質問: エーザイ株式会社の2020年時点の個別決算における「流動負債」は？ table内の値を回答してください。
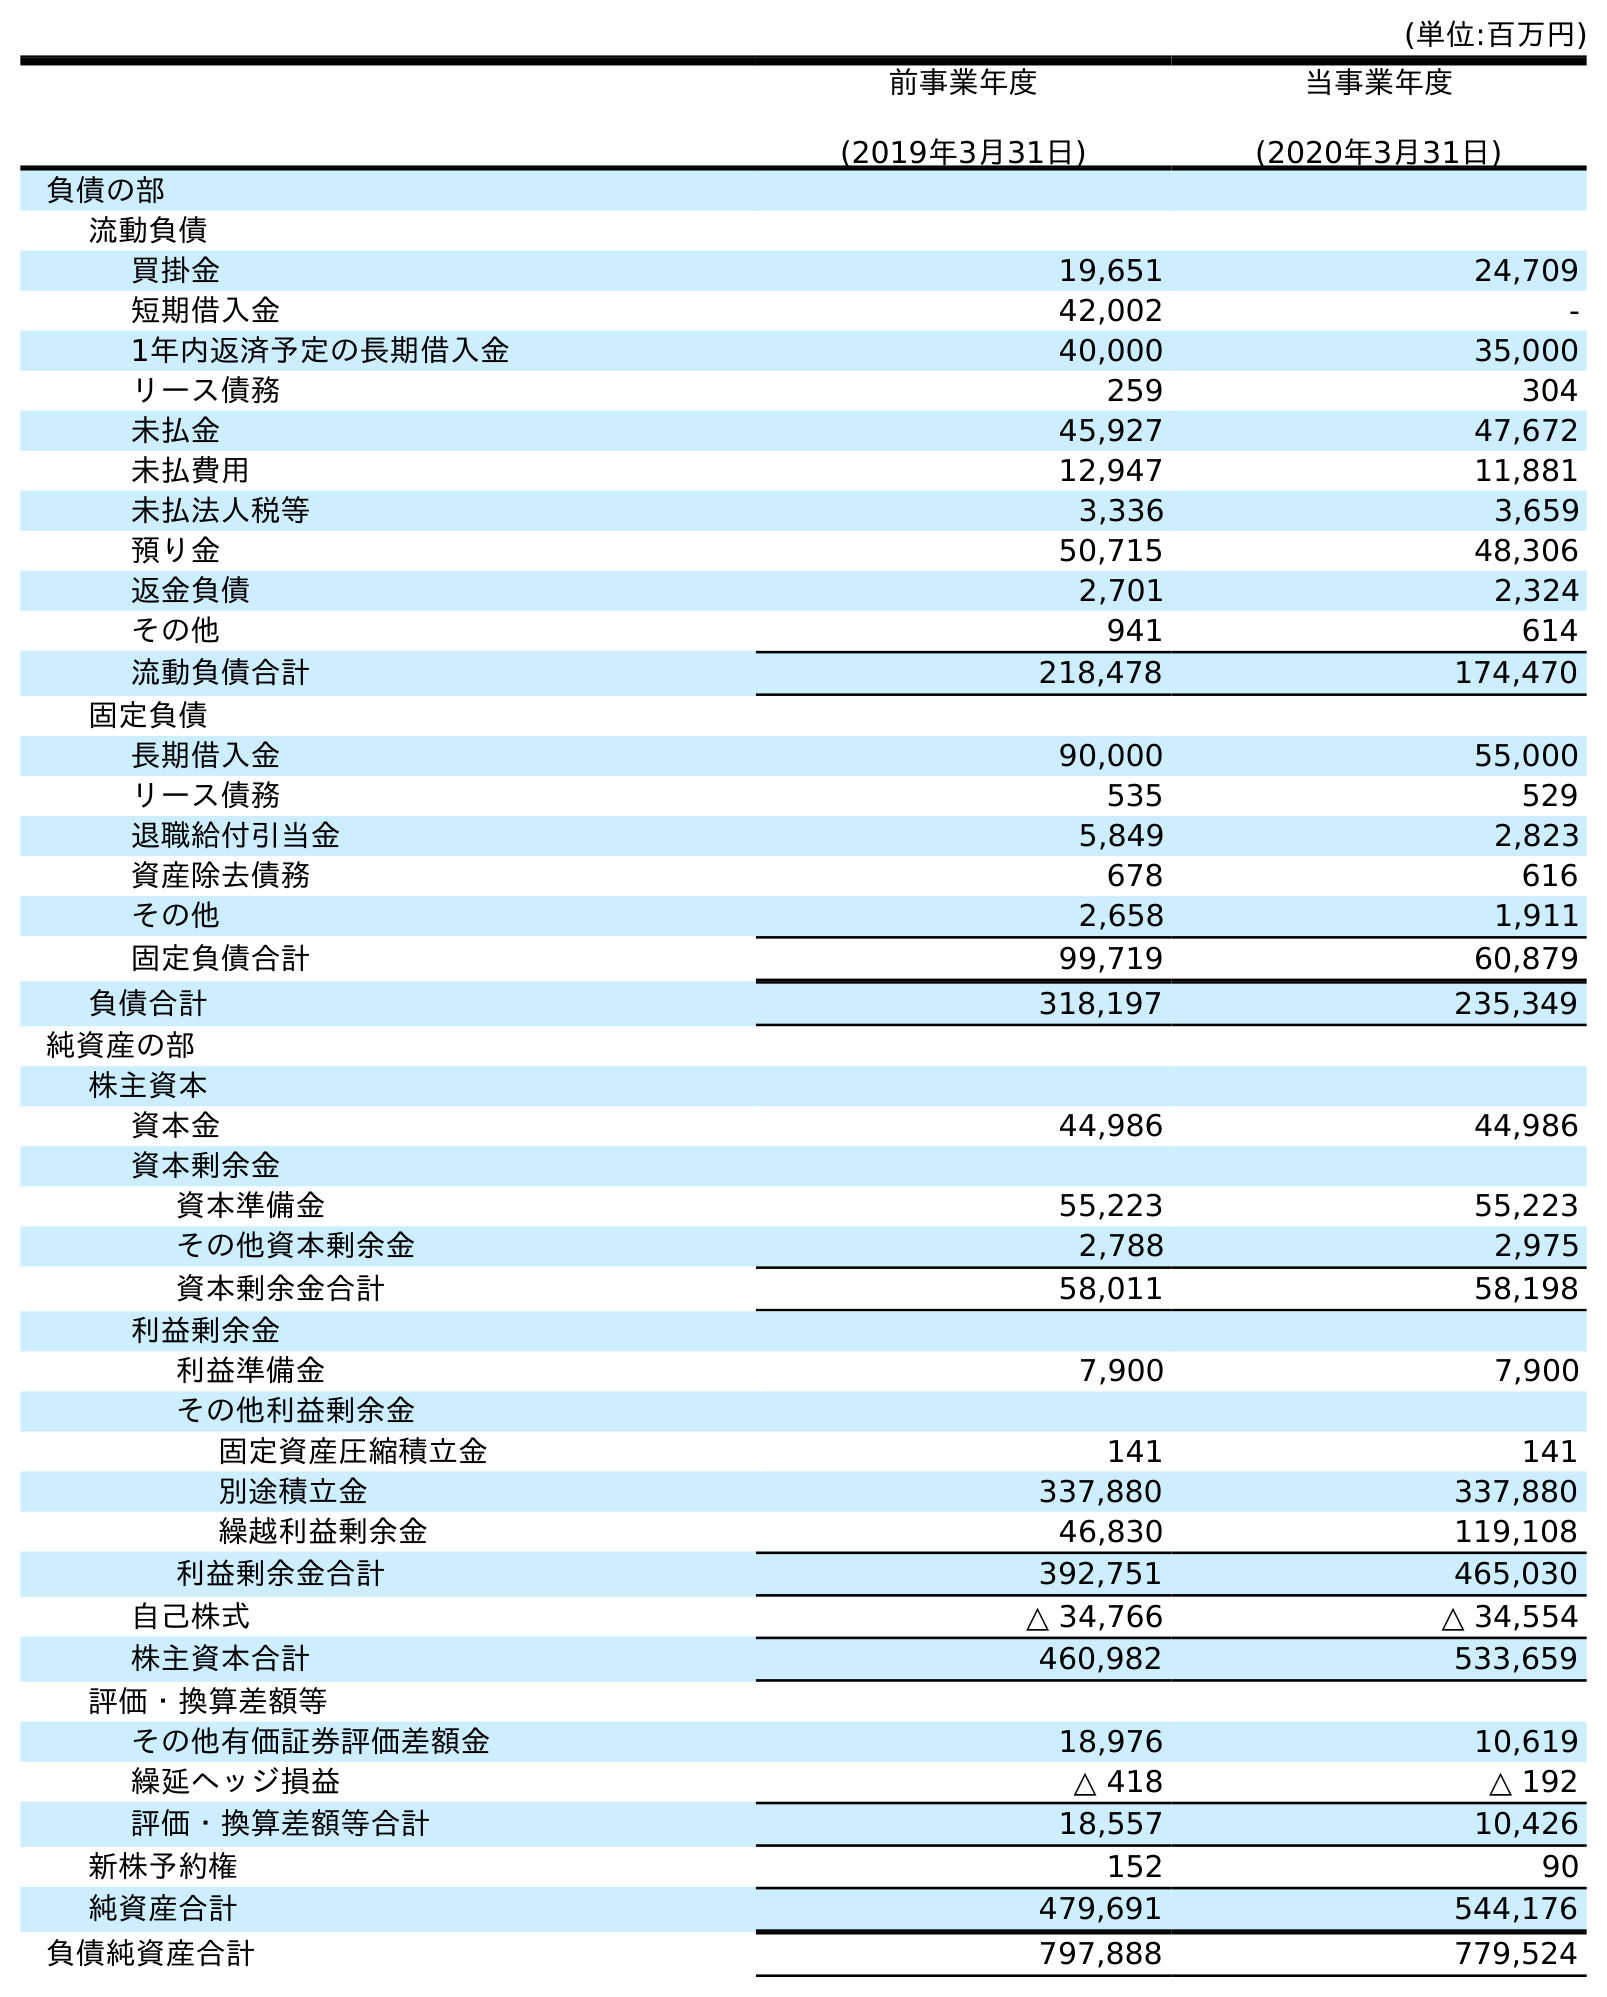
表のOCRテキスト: (単位:百万円) 前事業年度 (2019年3月31日) 当事業年度 (2020年3月31日) 負債の部 流動負債 買掛金 19,651 24,709 短期借入金 42,002 - 1年内返済予定の長期借入金 40,000 35,000 リース債務 259 304 未払金 45,927 47,672 未払費用 12,947 11,881 未払法人税等 3,336 3,659 預り金 50,715 48,306 返金負債 2,701 2,324 その他 941 614 流動負債合計 218,478 174,470 固定負債 長期借入金 90,000 55,000 リース債務 535 529 退職給付引当金 5,849 2,823 資産除去債務 678 616 その他 2,658 1,911 固定負債合計 99,719 60,879 負債合計 318,197 235,349 純資産の部 株主資本 資本金 44,986 44,986 資本剰余金 資本準備金 55,223 55,223 その他資本剰余金 2,788 2,975 資本剰余金合計 58,011 58,198 利益剰余金 利益準備金 7,900 7,900 その他利益剰余金 固定資産圧縮積立金 141 141 別途積立金 337,880 337,880 繰越利益剰余金 46,830 119,108 利益剰余金合計 392,751 465,030 自己株式 △ 34,766 △ 34,554 株主資本合計 460,982 533,659 評価・換算差額等 その他有価証券評価差額金 18,976 10,619 繰延ヘッジ損益 △ 418 △ 192 評価・換算差額等合計 18,557 10,426 新株予約権 152 90 純資産合計 479,691 544,176 負債純資産合計 797,888 779,524
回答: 174,470